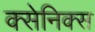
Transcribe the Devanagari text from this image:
क्सेनिक्स